Memorandum on the prevention of leprosy by segregation of the affected
Disease focus: Leprosy
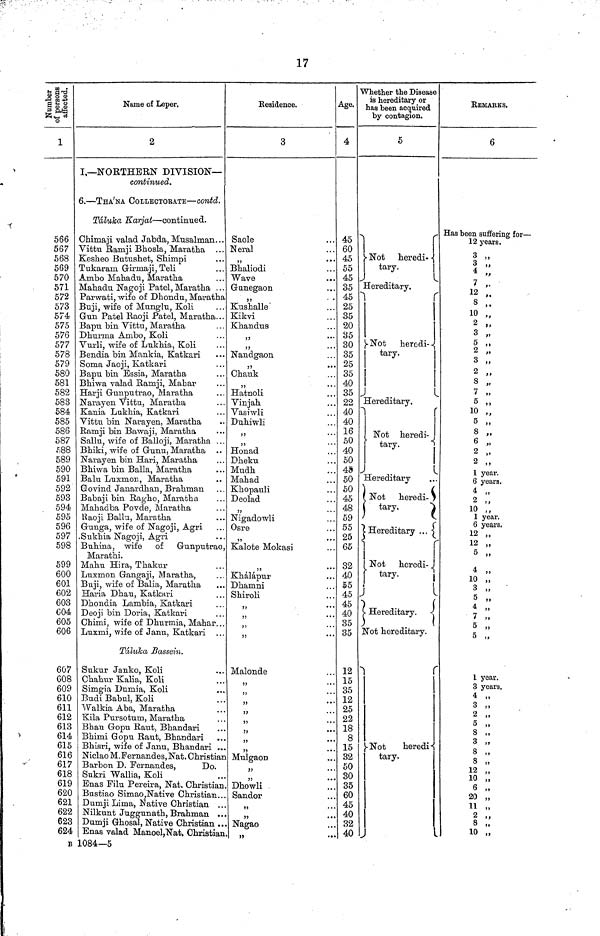
17
Number of peresons affected.
1
566
567
568
569
570
571
572
573
574
575
576
577
578
579
580
581
582
583
584
585
586
587
588
589
590
591
592
593
594
595
596
597
598
599
600
601
602
603
C04
605
606
607
608
609
610
611
612
613
614
615
616
618
619
620
621
622
623
624
Name of Leper.
2
I.— NORTHERN DIVISION—
continued.
6. — THA'NA COLLECTORATE — contd.
Tdluka Karjat — continued.
Chimaji valad Jabda, Musalman...
Vittu Ramji Bhosla, Maratha
Keskeo Butushet, Snimpi
Tukaram Girmaji,Teli
Ambo Mahadu, Maratha
Mahadu Nagoji Patel,
Maratha
Parwati, wife of Dhondu, Maratha
Buji, wife of Munglu, Koli
Gun Patel Raoji Patel, Maratha...
Bapu bin Vittu, Maratha
Dhurma Ambo, Koli
Vurli, wife of Lukhia, Koli
Bendia bin Mankia, Katkari
Soma Jaoji, Katkari
Bapu bin Essia, Maratha
Bhiwa valad Ramji, Mahar
Harji Gunputrao, Maratha
Narayen Vittu, Maratha
Kania Lukhia, Katkari
Vittu bin Narayen, Maratha
Ramji bin Bawaji, Maratha
Sallu, wife of Balloji, Maratha
Bhiki, wife of Gunu, Maratha
Narayen bin Hari, Maratha
Bhiwa bin Balla, Maratha
Balu Luxxnon, Maratha
Govind Janardhan, Brahman
Babaji bin Ragho, Maratha
Mahadba Povde, Maratha
Raoji Ballu, Maratha
Gunga, wife of Nagoji, Agri
.Sukhia Nagoji, Agri
Buhina, wife of Gunputrao,
Marathi.
Mahu Hira, Thakur
Luxmon Gangaji, Maratha,
Buji, wife of Balia, Maratha
Haria Dhau, Katkari
Dhondia Lambia, Katkari
Deoji bin Doria, Katkari
Chimi, wife of Dhurmia, Mahar
Luxini, wife of Janu, Katkari
Taluka Bassein.
Sukur Janko, Koli
Chahur Kalia, Koli
Simgia Dumia, Koli
Budi Babul, Koli
Walkia Aba, Maratha
Kila Pursotum, Maratha
Bhau Gopu Raut, Bhandari
Bhimi Gopu Raut, Bhandari
Bhisri, wife of Janu, Bhandari
Niclao M. Fernandes, Nat. Christian
Barbon D. Fernandes,
Do.
Sukri Wallia, Koli
Enas Filu Pereira, Nat, Christian
Bustiao Simao,Native Christian..
Dumji Lima, Native Christian ..
Nilkunt Juggunath, Brahman ..
Dumji Ghosal, Native Christian ..
Enas valad Manoel,Nat, Christian
Residence.
3
Saole
Neral
Bhaliodi
Wave
Gunegaon
Kushalle
Kikvi
Khandus
"
"
Nandgaon
Chauk
Hatnoli
Vinjah
Vasiwli
Duhiwli
"
"
Honad
Dheku
Mudh
Mahad
Khopauli
Deolad
"
Nigadowli
Osre
"
Kalote Mokasi
Khalapur
Dhamni
Shiroli
"
"
Malonde
"
"
Mulgaon
"
Dhowli
Sandor
"
"
Nagao
"
Age.
4
45
60
45
55
45
35
45
25
35
20
35
30
35
25
35
40
35
22
40
40
16
50
40
50
45
50
50
45
48
59
55
25
65
32
40
55
45
45
40
35
35
12
15
35
12
25
22
18
8
15
32
50
30
35
60
45
40
32
40
Whether the Disease
is hereditary or
has been acquired
by contagion.
5
Not
heredi
Hereditary.
Not
heredi- -
tary.
Hereditary.
Not heredi-
tary
Hereditary
Not
heredi
Hereditary
Not
heredi-
tary.
Hereditary.
Not hereditary.
Not
heredi
tary.
REMARKS.
6
Has been suffering for —
12 years.
3 "
4
"
7 "
12 "
8 "
10 "
2 "
3 "
5 "
2 "
3 "
2 "
8 "
7 "
5 "
10 "
5 "
3 "
6 "
2 "
2 "
6 years.
4 "
2 "
10 "
1 year.
6 years.
12 "
12 "
5 "
10 "
3 "
5 "
4 "
7 "
5 "
5 "
3 years.
4
"
3 "
2 "
5 "
6 "
3 "
8 "
12 "
10 "
6 "
20 "
11 "
2 "
8 "
10 "
B 1084—5